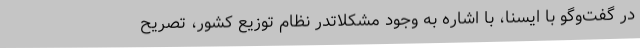
در گفت‌وگو با ایسنا، با اشاره به وجود مشکلاتدر نظام توزیع کشور، تصریح